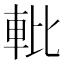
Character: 𬧱